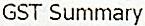
GST SUMMARY